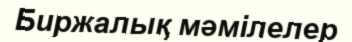
Биржалық мәмілелер